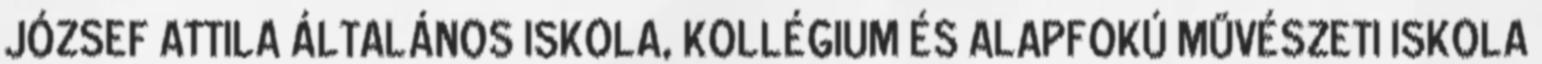
JÓZSEF ATTILA ÁLTALÁNOS ISKOLA, KOLLÉGIUM ÉS ALAPFOKÚ MŰVÉSZETI ISKOLA